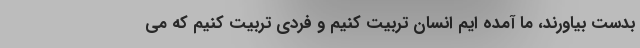
بدست بیاورند، ما آمده ایم انسان تربیت کنیم و فردی تربیت کنیم که می